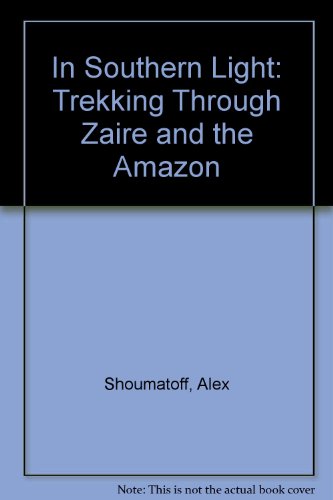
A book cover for In Southern Light: Trekking Through Zaire and the Amazon; Alex Shoumatoff; Travel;